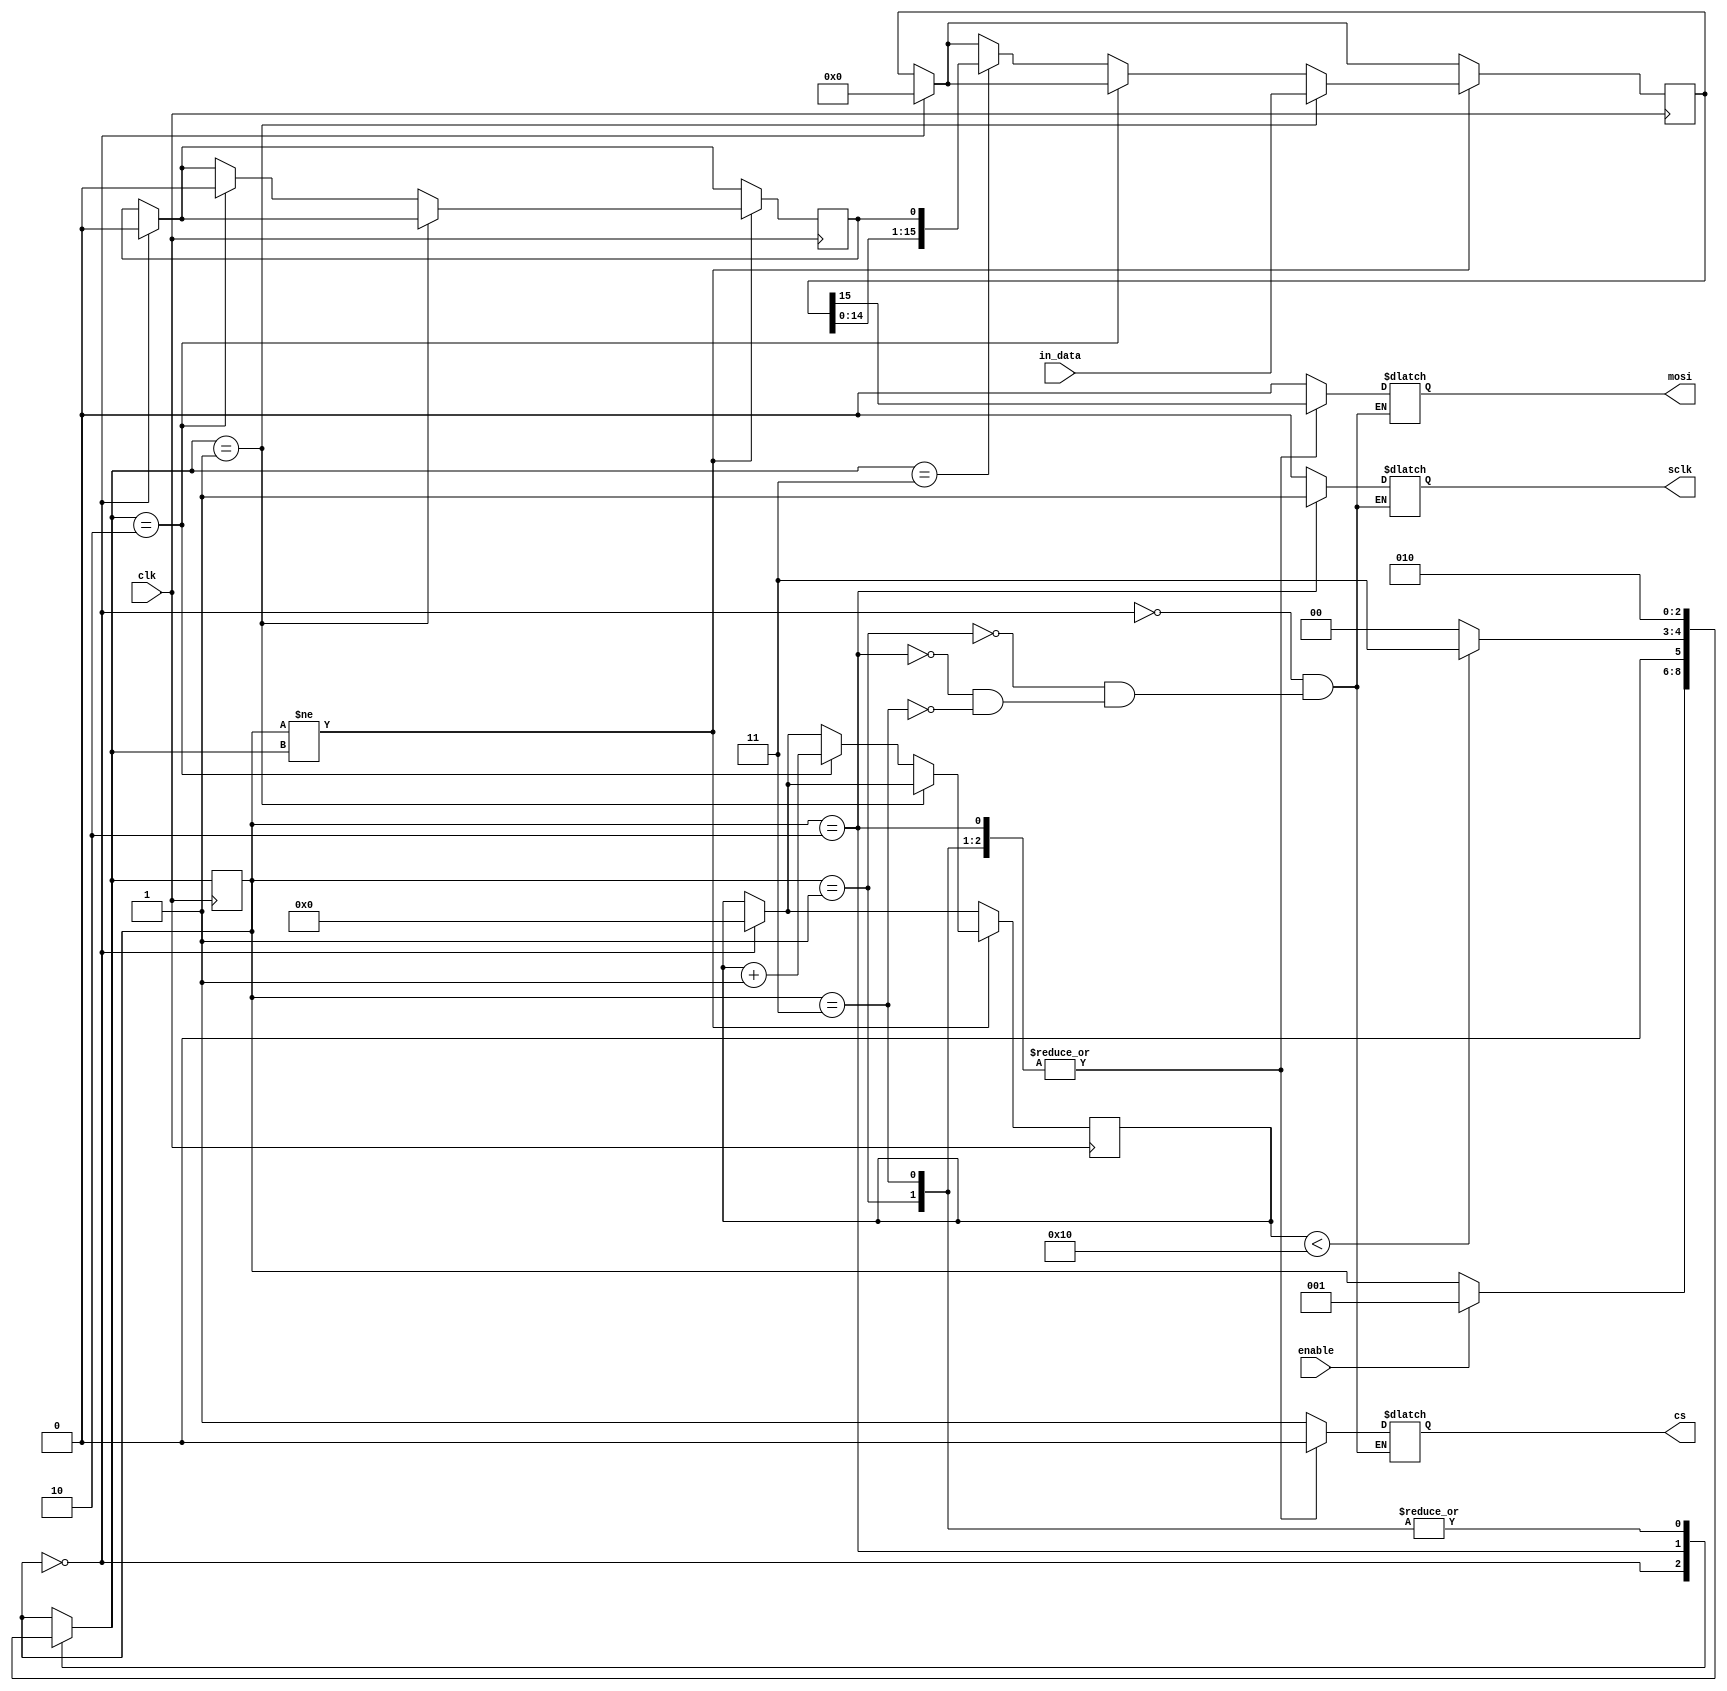
module SPI_MASTER
#( 
parameter   N = 16,
			DATA_WIDTH = 5
)
(
    input wire clk, enable,
    input wire [N-1:0] in_data, 
    output reg sclk, cs, mosi
); 

localparam 	s_reset = 0, 
			s_start = 1,
			s_store = 2,
			s_shift = 3;
    
reg[2:0] state_reg, state_next;  
reg[N-1:0] shift_data;
reg[DATA_WIDTH-1:0] bits_shifted;
reg bit_capture;


always @(posedge clk) 
begin
	if (state_reg == s_reset)
	begin
		shift_data <= 0;
		bits_shifted <= 0;
		bit_capture <= 0;
	end
	
	state_reg <= state_next;
	if (state_reg != state_next)
	begin
		if (state_next == s_start)
		begin
			shift_data <= in_data;
		end
		else
		if (state_next == s_store)
		begin
			bit_capture <= 1'b0; // miso
			bits_shifted <= bits_shifted + 1;
		end
		else
		if (state_next == s_shift)
			shift_data <= {shift_data[N-2:0], bit_capture}; 

	end
end 


always @*
begin 
    state_next = state_reg; 

	case (state_reg)
        s_reset : 
		begin
            sclk = 1'b0;
			cs = 1'b1;
			mosi = 1'b0;
            if (enable) 
			begin  
                state_next = s_start; 
            end
		end
		  
        s_start : 
		begin
			sclk = 1'b0;
			cs = 1'b0;
			mosi = shift_data[N-1];
			state_next = s_store; 
        end
		  
        s_store : 
		begin
			sclk = 1'b1;
			cs = 1'b0;
			mosi = shift_data[N-1];	
			if (bits_shifted < N) state_next = s_shift; 
			else state_next = s_reset;	
		end
		  
		s_shift : 
		begin
			sclk = 1'b0;
			cs = 1'b0;
			mosi = shift_data[N-1];
			state_next = s_store; 
        end
    endcase
	
end 


endmodule